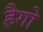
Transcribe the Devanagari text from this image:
हैगो